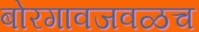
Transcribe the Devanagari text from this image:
बोरगावजवळच